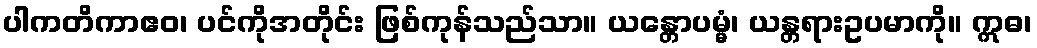
ပါကတိကာဧဝ၊ ပင်ကိုအတိုင်း ဖြစ်ကုန်သည်သာ။ ယန္တောပမ္မံ၊ ယန္တရားဥပမာကို။ ဣဓ၊